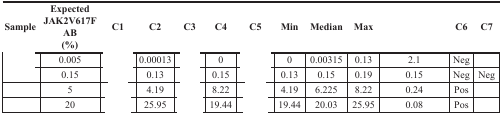
<table><thead><tr><td><b>Sample</b></td><td><b>ExpectedJAK2V617F AB(%)</b></td><td><b>C1</b></td><td><b>C2</b></td><td><b>C3</b></td><td><b>C4</b></td><td><b>C5</b></td><td><b>Min</b></td><td><b>Median</b></td><td><b>Max</b></td><td>[EMPTY_CELL]</td><td><b>C6</b></td><td><b>C7</b></td></tr></thead><tbody><tr><td>[EMPTY_CELL]</td><td>0.005</td><td>[EMPTY_CELL]</td><td>0.00013</td><td>[EMPTY_CELL]</td><td>0</td><td>[EMPTY_CELL]</td><td>0</td><td>0.00315</td><td>0.13</td><td>2.1</td><td>Neg</td><td>[EMPTY_CELL]</td></tr><tr><td>[EMPTY_CELL]</td><td>0.15</td><td>[EMPTY_CELL]</td><td>0.13</td><td>[EMPTY_CELL]</td><td>0.15</td><td>[EMPTY_CELL]</td><td>0.13</td><td>0.15</td><td>0.19</td><td>0.15</td><td>Neg</td><td>Neg</td></tr><tr><td>[EMPTY_CELL]</td><td>5</td><td>[EMPTY_CELL]</td><td>4.19</td><td>[EMPTY_CELL]</td><td>8.22</td><td>[EMPTY_CELL]</td><td>4.19</td><td>6.225</td><td>8.22</td><td>0.24</td><td>Pos</td><td>[EMPTY_CELL]</td></tr><tr><td>[EMPTY_CELL]</td><td>20</td><td>[EMPTY_CELL]</td><td>25.95</td><td>[EMPTY_CELL]</td><td>19.44</td><td>[EMPTY_CELL]</td><td>19.44</td><td>20.03</td><td>25.95</td><td>0.08</td><td>Pos</td><td>[EMPTY_CELL]</td></tr></tbody></table>